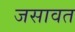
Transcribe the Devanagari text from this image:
जसावत